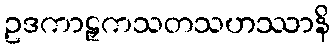
ဥဒကာဠှကသတသဟဿာနိ